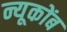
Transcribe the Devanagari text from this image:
न्यूकोंब